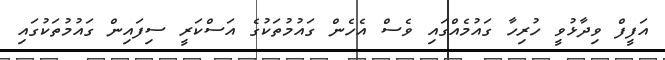
އަފީފް ވިދާޅުވީ ހުރިހާ ގައުމެއްގައި ވެސް އެހެން ގައުމުތަކުގެ އަސްކަރީ ސިފައިން ގައުމުތަކުގައި